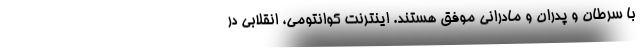
با سرطان و پدران و مادرانی موفق هستند. اینترنت کوانتومی، انقلابی در